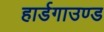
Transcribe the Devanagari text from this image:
हार्डगाउण्ड